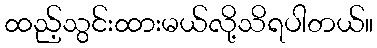
ထည့်သွင်းထားမယ်လို့သိရပါတယ်။